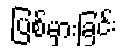
ပြစ်မှားခြင်း